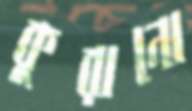
কুরানো